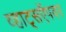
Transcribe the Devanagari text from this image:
व्हाट्सऍपवर